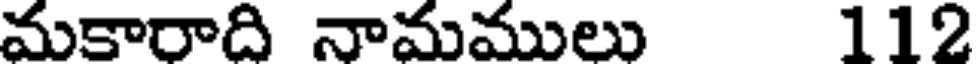
మకారాది నామములు 112